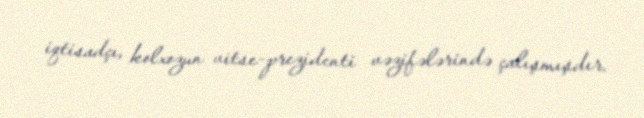
iqtisadçı, kolxozun vitse-prezidenti vəzifələrində çalışmışdır.